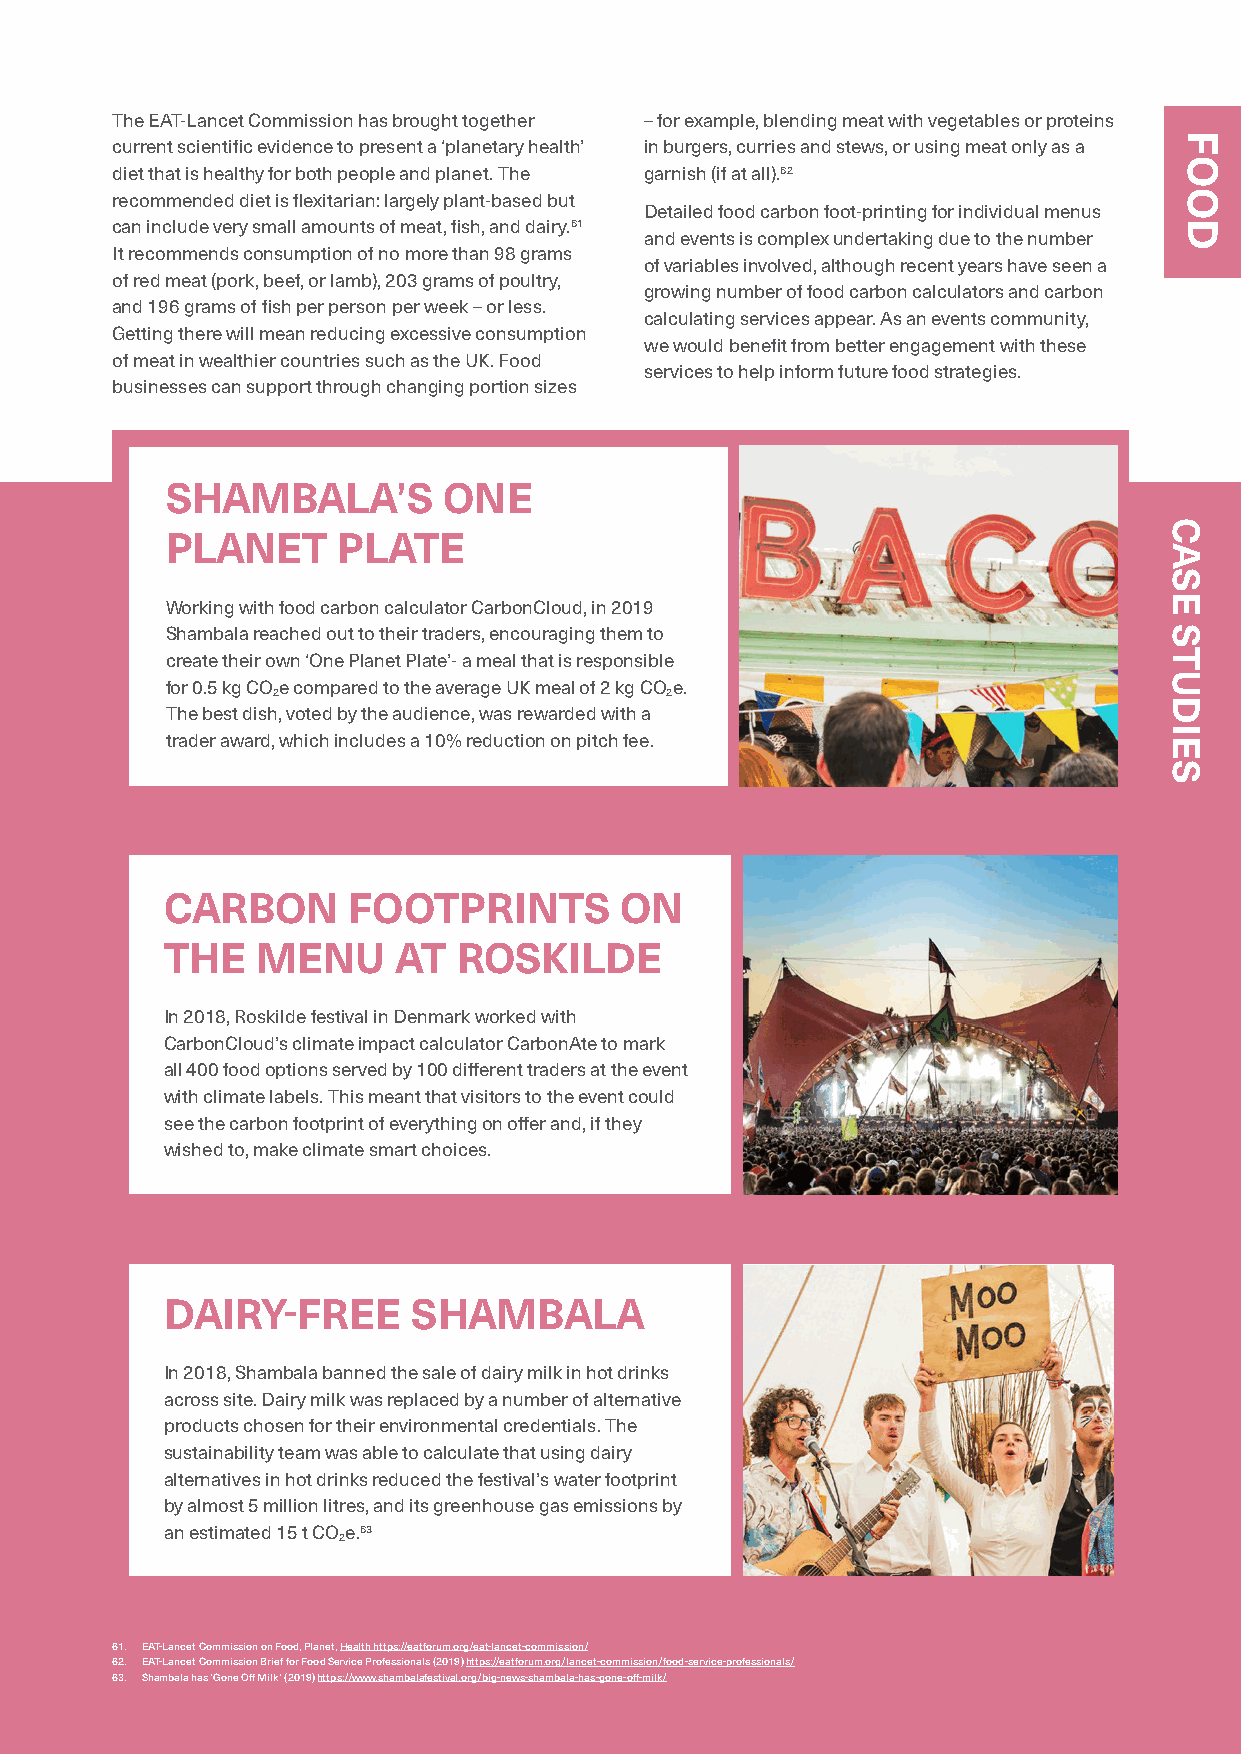
The EAT-Lancet Commission has brought together – for example, blending meat with vegetables or proteins
 current scientific evidence to present a ‘planetary health’ in burgers, curries and stews, or using meat only as a
 diet that is healthy for both people and planet. The garnish (if at all).62
 recommended diet is flexitarian: largely plant-based but
 Detailed food carbon foot-printing for individual menus
 can include very small amounts of meat, fish, and dairy.61
 and events is complex undertaking due to the number
 It recommends consumption of no more than 98 grams
 of variables involved, although recent years have seen a
 of red meat (pork, beef, or lamb), 203 grams of poultry,
 growing number of food carbon calculators and carbon
 and 196 grams of fish per person per week – or less.
 calculating services appear. As an events community,
 Getting there will mean reducing excessive consumption
 we would benefit from better engagement with these
 of meat in wealthier countries such as the UK. Food
 services to help inform future food strategies.
 businesses can support through changing portion sizes
 SHAMBALA’S        ONE
 PLANET     PLATE
 Working with food carbon calculator CarbonCloud, in 2019
 Shambala reached out to their traders, encouraging them to
 create their own ‘One Planet Plate’- a meal that is responsible
 for 0.5 kg COe compared to the average UK meal of 2 kg COe.
 2                         2
 The best dish, voted by the audience, was rewarded with a
 trader award, which includes a 10% reduction on pitch fee.
 CARBON      FOOTPRINTS        ON
 THE   MENU     AT  ROSKILDE
 In 2018, Roskilde festival in Denmark worked with
 CarbonCloud’s climate impact calculator CarbonAte to mark
 all 400 food options served by 100 different traders at the event
 with climate labels. This meant that visitors to the event could
 see the carbon footprint of everything on offer and, if they
 wished to, make climate smart choices.
 DAIRY-FREE      SHAMBALA
 In 2018, Shambala banned the sale of dairy milk in hot drinks
 across site. Dairy milk was replaced by a number of alternative
 products chosen for their environmental credentials. The
 sustainability team was able to calculate that using dairy
 alternatives in hot drinks reduced the festival’s water footprint
 by almost 5 million litres, and its greenhouse gas emissions by
 an estimated 15 t COe.63
 2
 61. EAT-Lancet Commission on Food, Planet, Health https://eatforum.org/eat-lancet-commission/
 62. EAT-Lancet Commission Brief for Food Service Professionals (2019) https://eatforum.org/lancet-commission/food-service-professionals/
 63. Shambala has ‘Gone Off Milk’ (2019) https://www.shambalafestival.org/big-news-shambala-has-gone-off-milk/
 67
 CASE
 STUDIES
 FOOD